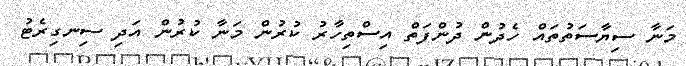
މަނާ ސިޔާސަތުތައް ހެދުން ދުންފަތް އިސްތިހާރު ކުރުން މަނާ ކުރުން އަދި ސިނގިރެޓު